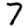
Digit: 7